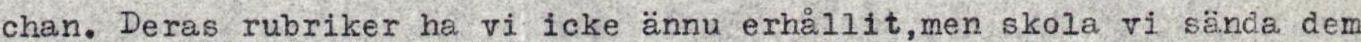
chan. Deras rubriker ha vi icke ännu erhållit,men skola vi sända dem